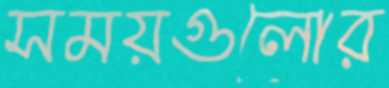
সময়গুলোর